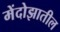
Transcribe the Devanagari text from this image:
मेंदोझातील